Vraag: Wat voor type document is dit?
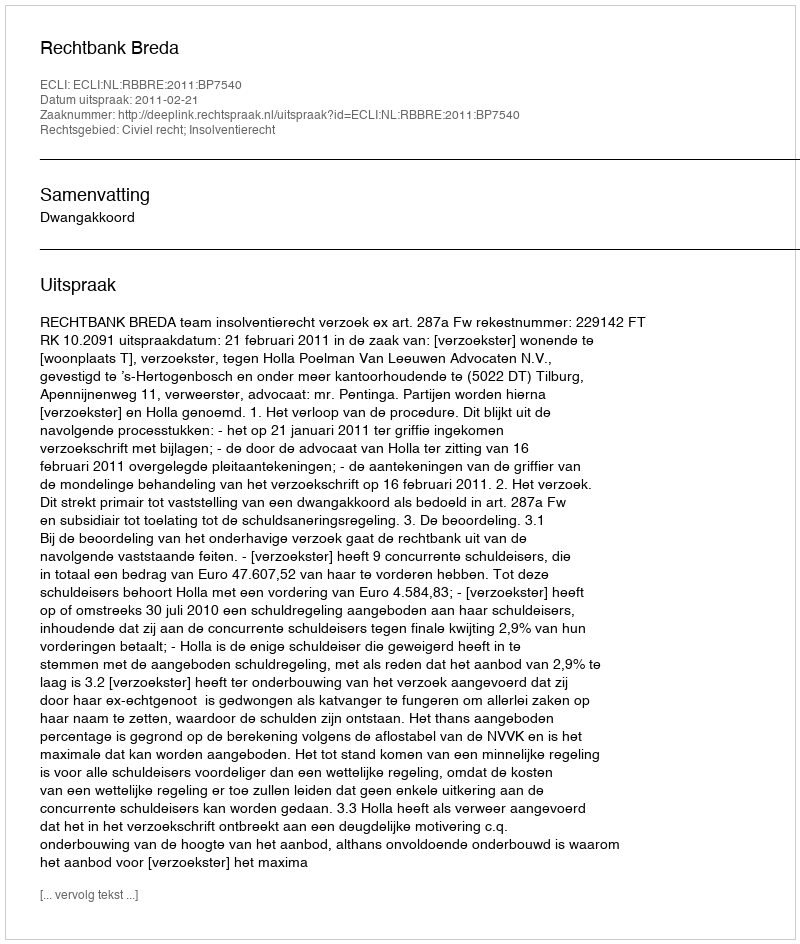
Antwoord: Uitspraak